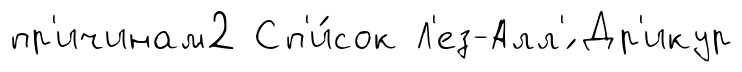
пр'ичинам2 Сп'и́сок Л'ез-Алл'́ Др'икур